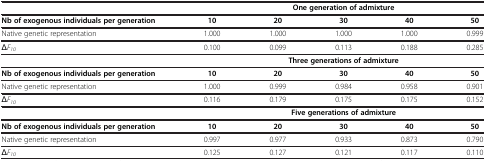
|  | <COLSPAN=5> One generation of admixture |
 | --- | --- | --- | --- | --- | --- |
 | Nb of exogenous individuals per generation | 10 | 20 | 30 | 40 | 50 |
 | Native genetic representation | 1.000 | 1.000 | 1.000 | 1.000 | 0.999 |
 | ΔF10 | 0.100 | 0.099 | 0.113 | 0.188 | 0.285 |
 |  | <COLSPAN=5> Three generations of admixture |
 | Nb of exogenous individuals per generation | 10 | 20 | 30 | 40 | 50 |
 | Native genetic representation | 1.000 | 0.999 | 0.984 | 0.958 | 0.901 |
 | ΔF10 | 0.116 | 0.179 | 0.175 | 0.175 | 0.152 |
 |  | <COLSPAN=5> Five generations of admixture |
 | Nb of exogenous individuals per generation | 10 | 20 | 30 | 40 | 50 |
 | Native genetic representation | 0.997 | 0.977 | 0.933 | 0.873 | 0.790 |
 | ΔF10 | 0.125 | 0.127 | 0.121 | 0.117 | 0.110 |